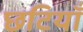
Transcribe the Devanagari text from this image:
छटियाँ